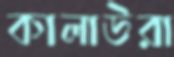
কালাউরা